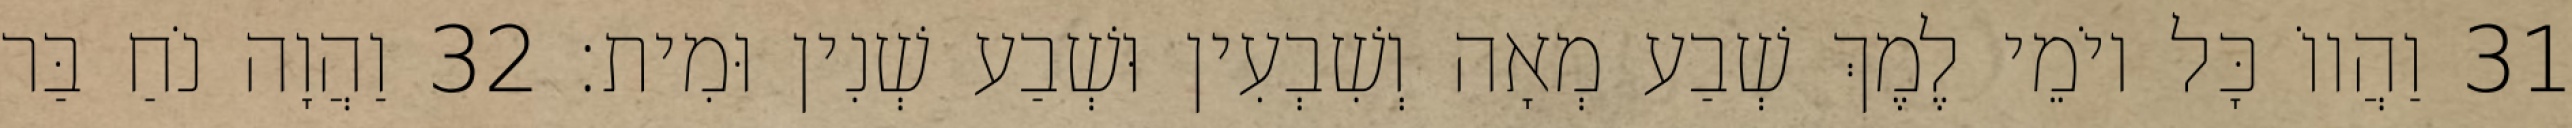
31 וַהֲווֹ כָּל יוֹמֵי לֶמֶךְ שְׁבַע מְאָה וְשִׁבְעִין וּשְׁבַע שְׁנִין וּמִית׃ 32 וַהֲוָה נֹחַ בַּר